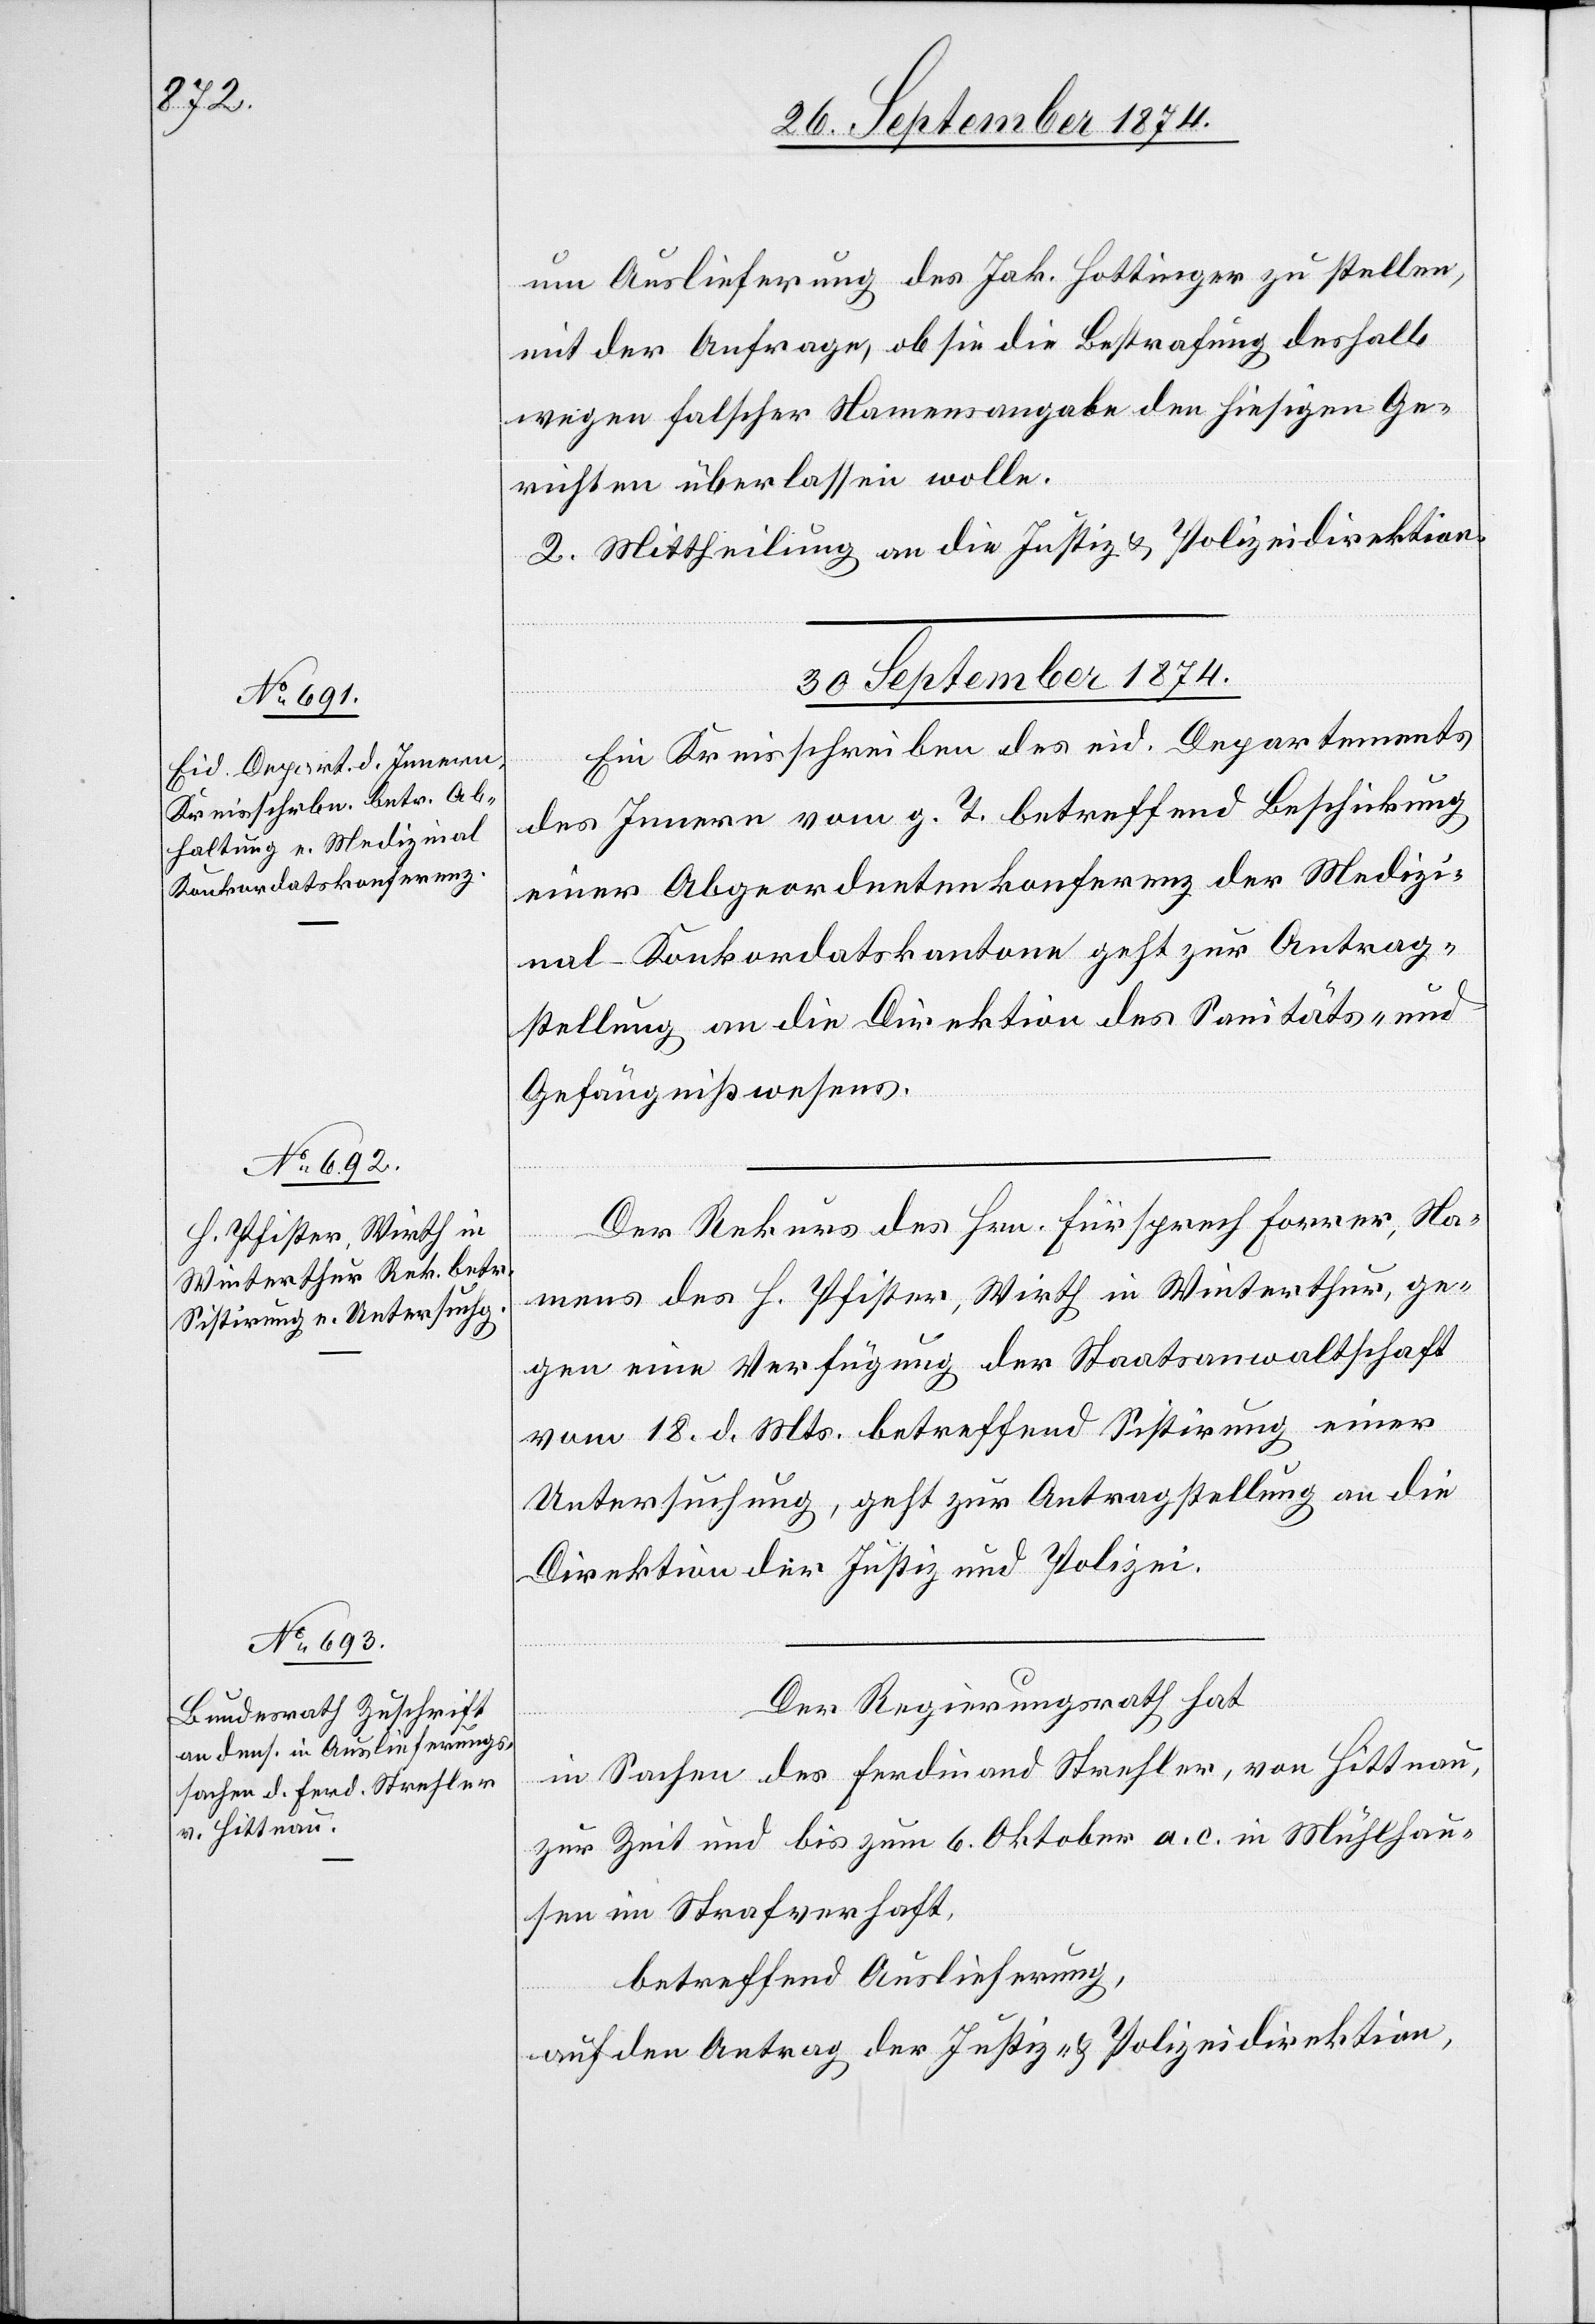
um Auslieferung des Jak. Hottinger zu stellen,
mit der Anfrage, ob sie die Bestrafung deshalb
wegen falscher Namensangabe den hiesigen Ge¬
richten überlassen wolle.
2. Mittheilung an die Justiz & Polizeidirektion.
30. September 1874.]
Ein Kreisschreiben des eid. Departements
des Innern vom g. T. betreffend Beschickung
einer Abgeordnetenkonferenz der Medizi¬
nal-Konkordatskantone geht zur Antrag¬
stellung an die Direktion des Sanitäts- und
Gefängnißwesens.
Der Rekurs des Hrn. Fürsprech Forrer, Na¬
mens des H. Pfister, Wirth in Winterthur, ge¬
gen eine Verfügung der Staatsanwaltschaft
vom 18. d. Mts. betreffend Sistirung einer
Untersuchung, geht zur Antragstellung an die
Direktion der Justiz und Polizei.
Der Regierungsrath hat
in Sachen des Ferdinand Strehler, von Hittnau,
zur Zeit und bis zum 6. Oktober a. c. in Mühlhau¬
sen im Strafverhaft,
betreffend Auslieferung,
auf den Antrag der Justiz- & Polizeidirektion,